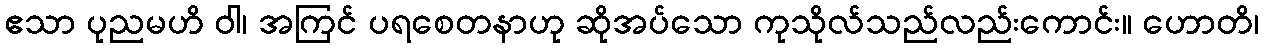
ဧသာ ပုညမဟိ ဝါ၊ အကြင် ပရစေတနာဟု ဆိုအပ်သော ကုသိုလ်သည်လည်းကောင်း။ ဟောတိ၊